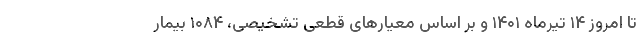
تا امروز ۱۴ تیرماه ۱۴۰۱ و بر اساس معیارهای قطعی تشخیصی، ۱۰۸۴ بیمار